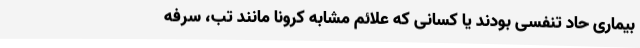
بیماری حاد تنفسی بودند یا کسانی که علائم مشابه کرونا مانند تب، سرفه